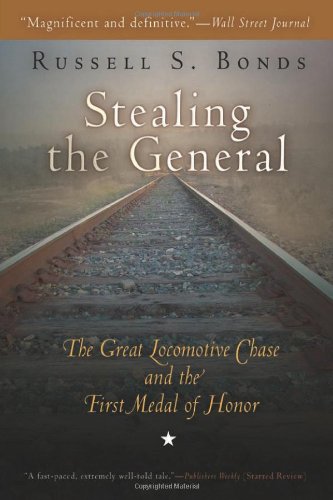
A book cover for Stealing the General: The Great Locomotive Chase and the First Medal of Honor; Russell S. Bonds; Engineering & Transportation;